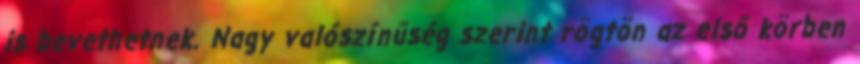
is bevethetnek. Nagy valószínűség szerint rögtön az első körben